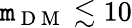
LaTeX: \mathtt{m}_{\mathrm{{~D~M~}}}\lesssim10